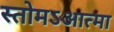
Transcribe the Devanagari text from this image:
स्तोमऽआत्मा